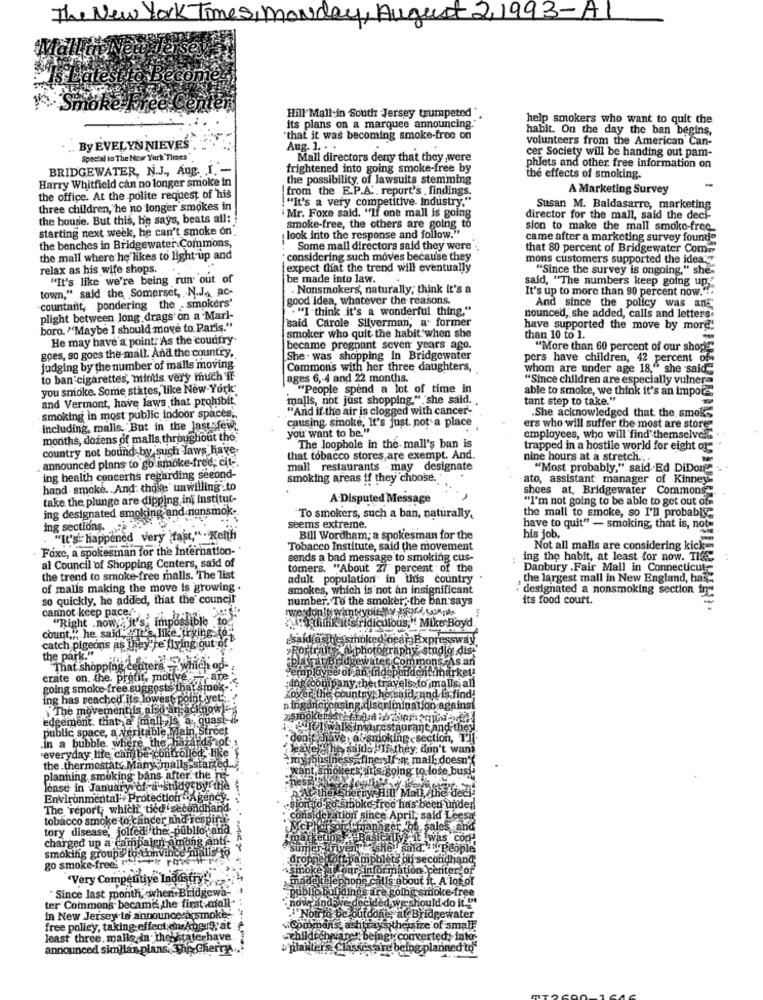
The New York Times, monde
us
2,1993-A1
Lates
Decom
Hill Mall in South -Jersey trumpeted*
help smokers who want to quit the
its plans on a marquee announcing.
habit. On the day the ban begins,
"that it was becoming smoke-free on
volunteers from the American Can-
By EVELYN NIEVES
Aug. 1. . .
cer Society will be handing out pam-
Special to The New York Times"
Mall directors deny that they were
BRIDGEWATER, N.J ., Aug. I .-
frightened into going smoke-free by
phlets and other free information on
Harry Whitfield can no longer smoke in
the possibility of lawsuits stemming
the effects of smoking.
from the E.P.A .. report's . findings.
A Marketing Survey
the office. At the polite request of his
!""It's a very competitive. industry."
three children, he no longer smokes in
Susan M. Baldasarre, marketing
the house. But this, he says, beats all:
Mr. Foxe said. "If one mall is going
director for the mall, said the deci-
starting next week, he can't smoke on_
smoke-free, the others are going to
sion to make the mall smoke-free
look into the response and follow."
came after a marketing survey found"
the benches in Bridgewater.Commons,
Some mall directors said they were ..
that 80 percent of Bridgewater Com-
the mall where he likes to light-up and
: considering such moves because they
mons customers supported the idea:"
relax as his wife shops.
expect that the trend will eventually
"Since the survey is ongoing," she""
"It's like we're being run out of
be made into law.
said, "The numbers keep going up
.Nonsmokers', naturally; think it's a
It's up to more than 90 percent now." ..
town," said the Somerset, N.J.A AC-
good Idea, whatever the reasons.
And since the policy was ant
countanit, pondering the -smokers'
. "I think it's a wonderful thing."
plight between long drags' on a Marl-
nounced, she added, calls and letters
boro. "Maybe I should move to Paris."
said Carole Silverman, a former
have supported the move by more!
He may have'a point."As the country.
smoker who quit the habit'when she
than 10 to 1.
goes, so goes the mall. And the country,
became pregnant seven years ago.
"More than 60 percent of our shop
She . was shopping in Bridgewater
pers have children, 42 percent of
judging by the number of malls moving
Common's with her three daughters,
whom are under age 18," she said
to ban cigarettes, minds very much if
ages 6, 4 and 22 months.
"Since children are especially vulnera
you smoke. Some states, like New-York
"People spend a lot of time in
able to smoke, we think it's an impore
and Vermont, have laws that prohibit"
malls, not just shopping," she said.
tant step to take."
"And if the air is clogged with cancer-
.She acknowledged that the smok-
smoking in most public indoor spaces.
including, malls. But in the last few ..
causing smoke, It's just. not a place
you want to be."
ers who will suffer the most are store
months, dozens of malls, throughout the"
employees, who will find themselves
country not bound by such Jaws have-
The loophole in the mall's ban is
trapped in a hostile world for eight og
announced plans to go smoke-free, cit ..
that tobacco stores,are exempt, And.
nine hours at a stretch ...
mall restaurants - may designate
"Most probably," said .Ed DiDorf
ing health concerns regarding second-
smoking areas if they choose.'
ato, assistant manager of Kinney
hand smoke. And: those unwilling to
shoes at, Bridgewater Commons
take the plunge are dipping inf institut-
A-Disputed Message
"I'm not going to be able to get out ofs
ing designated smoking and nonsmok-
the mall to smoke, so I'll probably
"To smokers, such a ban, naturally.
ing sections. Fe
seems extreme.
have to quit" - smoking, that is, not-
. "It's- happened very fast," . Keith
Bill Wordham; a spokesman for the
his job.
Foxe, a spokesman for the Internation- '
Tobacco Institute, said the movement
Not all malls are considering kick-
al Council of Shopping Centers, said of
sends a bad message to smoking cus-
ing the habit, at least for now. THE
tomers. "About 27 percent of the
Danbury . Fair Mall in Connecticut:
the trend to smoke-free malls. The list
adult population in this country
the largest mall in New England, has:
of malls making the move is growing .
smokes, which is not an insignificant
· designated a nonsmoking section in
so quickly, he added, that the council
number. To the smoker ,. the ban says
its food court.
Iwerdon its want your thy kurd Aus
cannot keep pace , . h.]
"Right .now "; it's impossible
ME think it's ridiculous," Mike Boyd
count,"" he said, "It's, like_trying to-
esaidiaside, smoked near Expressway
catch pigeons as they'y
They're fiving gut of
Portrait photography studio dist
the park."
ommons
san
That shopping centers -which op-
employe
endentimarket!
crate on. the, profit, motive -are
Fanyindy
Is to malls all
going smoke-free suggests that smok-
groompany. hertr
ing has reached its lowest point yet ;.
over.th
country
id, and is find-
The movement is also an acknow
Painst
edgement. that a mall ,Is a quasi-
public space, a veritable Main Street
- don't
Ingesection, 1
'everyday life canbe controlled, like
.in a bubble, where the ha
he sai
they don't wa
my bbstr
ta: mail: does
the thermostats Many malls-started.
planning, smoking bans after the Ts
-he's
Icase in January of a stidgebyr the
ex cherry Hill M
Mall, the dech
Environmental'+ Protection Agency
The report, which tied secondhar
o.smoke-free he's been under
tobacco smoke to cancer and respira
consideration since
ation since April, said Leesa
I said
tory disease, jolted the public and
"mana
.sales
charged up a campaign among
‘marketing
smoking groups to Convince mall
sumer du
droppe tott p
second
go smoke-free:"
·şsmoke all
"Very Competitive Industry's
, madeltel
phone call
Cit. A lotof
Since last month, when Bridgewa-
ioke-11
public buildings ar
. now and we-d
ter Commons became the first .moll-
decided we should do it."
in New Jersey to announce a smoke -.
.""Not to be outdone, at Bridgewater
free policy, taking effect on Angr9; at
"Communs, ashtrays the size of 5
small
least three. malls in. theystaterhave
childichwane !: beingy converted; intor:
announced simllan plans. The Cherry
Classesare being planned to'